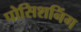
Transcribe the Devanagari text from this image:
पोसिशनिंग